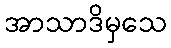
အာသာဒိမှသေ